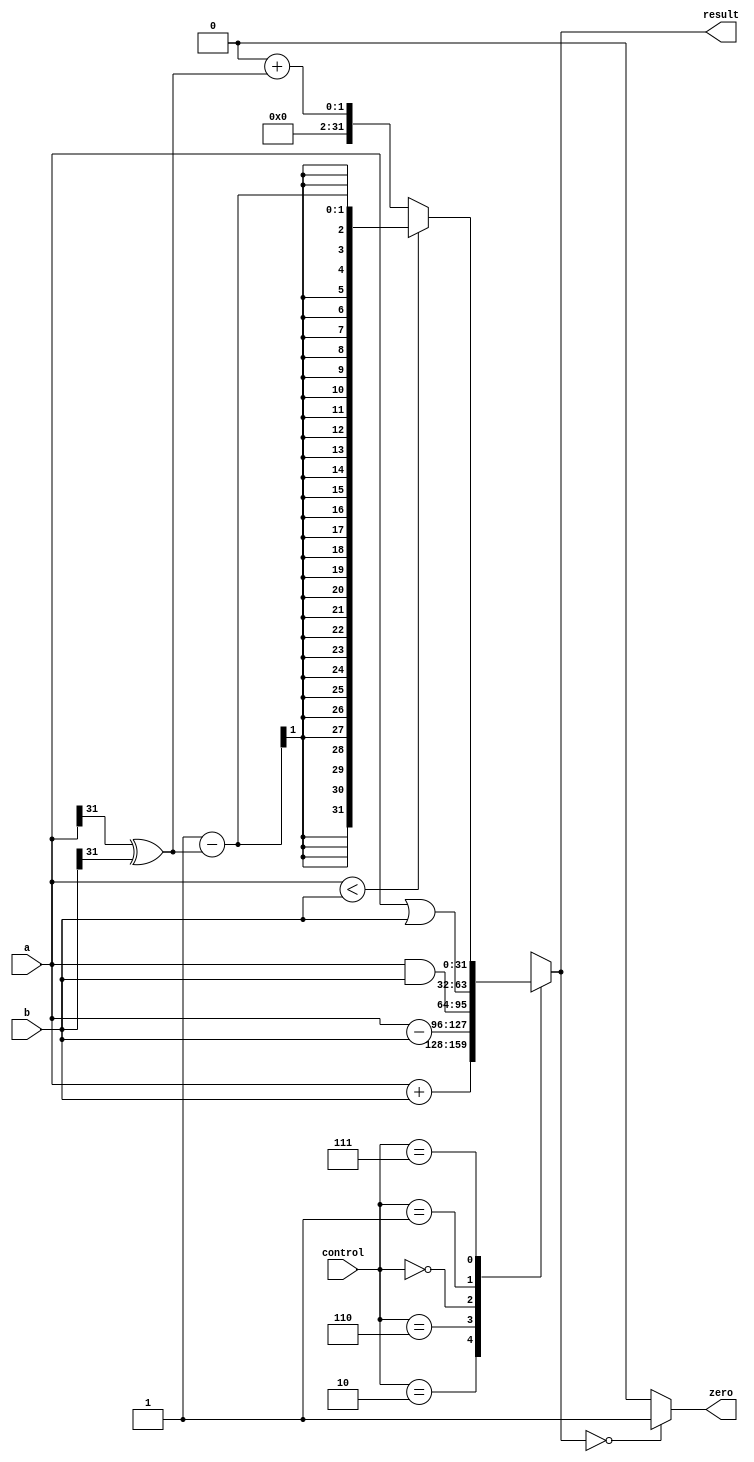
`timescale 1ns / 1ps
/* alu.v  */
module alu(
    input	wire	[31:0]	a,
    input	wire	[31:0]	b,
    input	wire	[2:0]	control,
    output	reg		[31:0]	result,
    output	wire			zero
    );

	parameter	ALUadd	= 3'b010;  //Get these values from
	parameter	ALUsub	= 3'b110;
	parameter	ALUand	= 3'b000;	    //Figure 3.2 in Lab Manual      
	parameter	ALUor	= 3'b001;	
	parameter	ALUslt	= 3'b111;
					
					
	
	// Handles negative inputs
	wire sign_mismatch;
	assign sign_mismatch = a[31] ^ b[31];
	
	initial
		result <= 0;
	
	always@*
		case(control)
			ALUadd:			result = a + b;
			ALUsub:			result = a - b;
			ALUand:			result = a & b;
			ALUor:			result = a | b;
			ALUslt:			result = a < b	? 1 - sign_mismatch 
														: 0 + sign_mismatch;			
			default:			result = 32'bX;	// control = ALUx | *
		endcase
		
		assign zero = (result == 0) ? 1'b1 : 1'b0; /*check to see if result is equal to zero. if it is assign it true (1). if it isn't assign it false (0)
													    Complete this line using a turnary operator. If you don't know what that is then Google it. 
													    
														 P.S. I tabbed all of these lines, so you might want to delete these comments after you implement this line or
														 replace the tabs with white space for when you import this into your LaTeX write up. 
													  */
		
endmodule

//If the input information does not correspond to any valid instruction,
//aluop = 2'b11 which sets control = ALUx = 3'b011 
//and ALU output is 32 x's as required by lab manual.